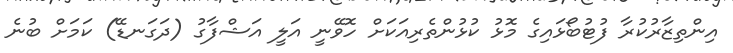
އިންތިޒާރުކުރާ ފުޓުބޯޅައިގެ މޮޅު ކުޅުންތެރިއަކަށް ހޮވޭނީ އަލީ އަޝްފާގު (ދަގަނޑޭ) ކަމަށް ބުނެ